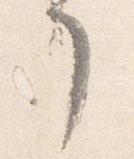
了